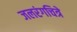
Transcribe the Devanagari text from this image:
जलरंगचित्रे